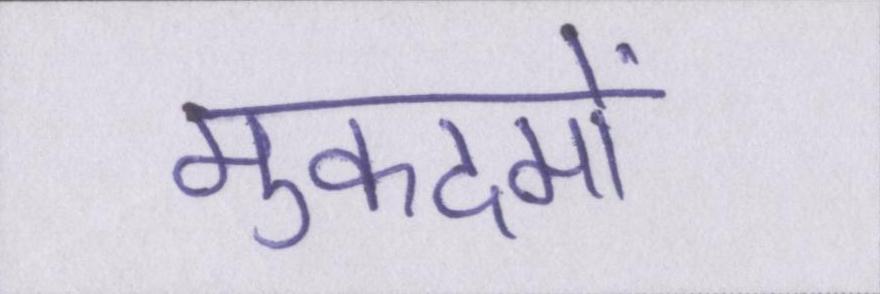
मुकदमों